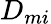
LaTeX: D_{mi}